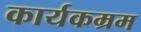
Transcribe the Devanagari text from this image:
कार्यकम्रम